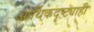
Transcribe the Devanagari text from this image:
आर्थिकदृष्ट्याही